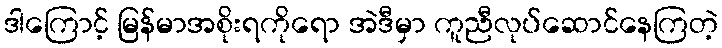
ဒါကြောင့် မြန်မာအစိုးရကိုရော အဲဒီမှာ ကူညီလုပ်ဆောင်နေကြတဲ့